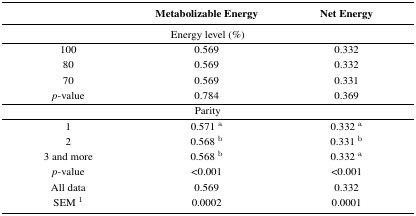
<table><thead><tr><td></td><td><b>Metabolizable Energy</b></td><td><b>Net Energy</b></td></tr></thead><tbody><tr><td colspan="3">Energy level (%)</td></tr><tr><td>100</td><td>0.569</td><td>0.332</td></tr><tr><td>80</td><td>0.569</td><td>0.332</td></tr><tr><td>70</td><td>0.569</td><td>0.331</td></tr><tr><td><i>p</i>-value</td><td>0.784</td><td>0.369</td></tr><tr><td colspan="3">Parity</td></tr><tr><td>1</td><td>0.571 <sup>a</sup></td><td>0.332 <sup>a</sup></td></tr><tr><td>2</td><td>0.568 <sup>b</sup></td><td>0.331 <sup>b</sup></td></tr><tr><td>3 and more</td><td>0.568 <sup>b</sup></td><td>0.332 <sup>a</sup></td></tr><tr><td><i>p</i>-value</td><td>&lt;0.001</td><td>&lt;0.001</td></tr><tr><td>All data</td><td>0.569</td><td>0.332</td></tr><tr><td>SEM <sup>1</sup></td><td>0.0002</td><td>0.0001</td></tr></tbody></table>